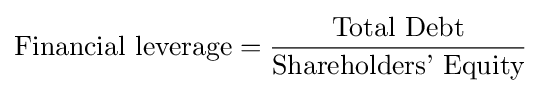
{\text{Financial leverage}}={\frac {\text{Total Debt}}{\text{Shareholders' Equity}}}